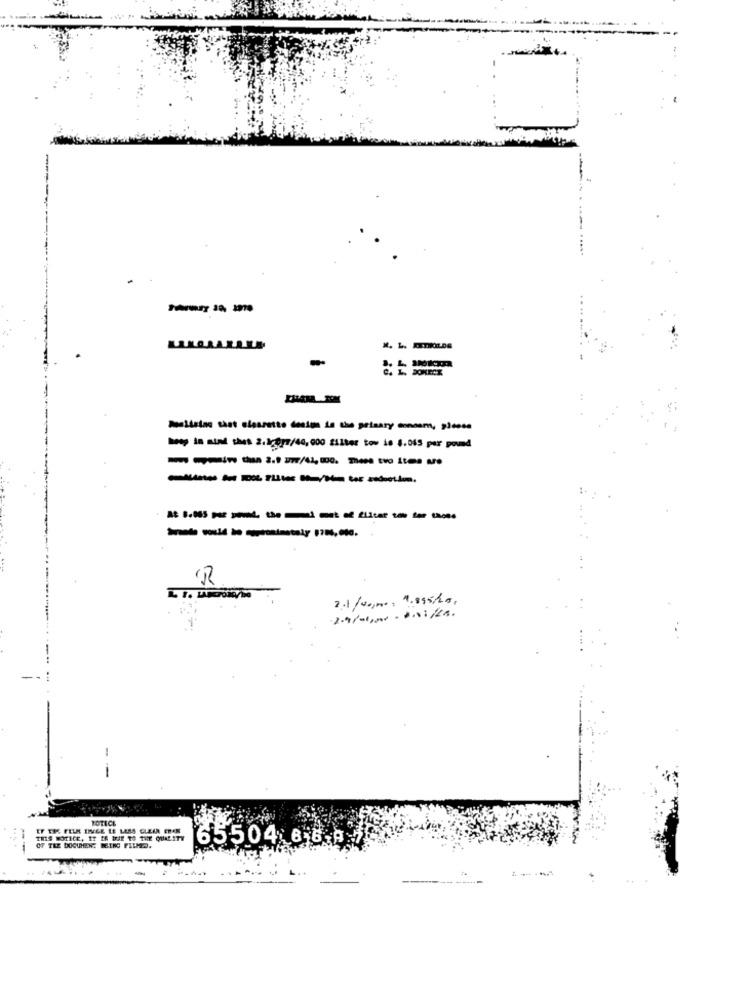
DosListno tant elesrette design is the primary sonoem, . once
- in sin thes 2.10yz/40,000 filter tow is 1.015 per pound
----------
R
2.1 /No,mo= 1.895/20,
-
BOTI.CL
EF THE FELH INEGE LE LESS CLEAR ERAN
OF TEZ DOCUMEN; BEING PLUMD.
65504 8 6.8 7
--